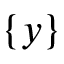
\{ y \}